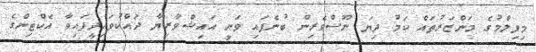
މިފިލްމުގެ މަންޒަރުތައް ކަމު ދިޔަ ނޫސްވެރިން ބުނެފައި ވަނީ އައިޝްވާރިޔާ ދައްކުވައިދީފައިވާ އެކްޓިންގެ